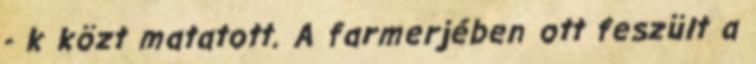
- k közt matatott. A farmerjében ott feszült a